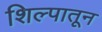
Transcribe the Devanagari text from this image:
शिल्पातून